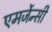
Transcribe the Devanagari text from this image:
एमर्जेन्सी